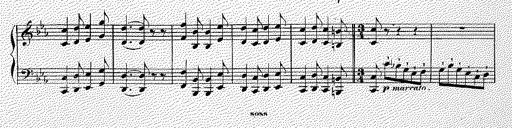
Title: Illustrations du ProphÃ¨te
Composer: Franz Liszt